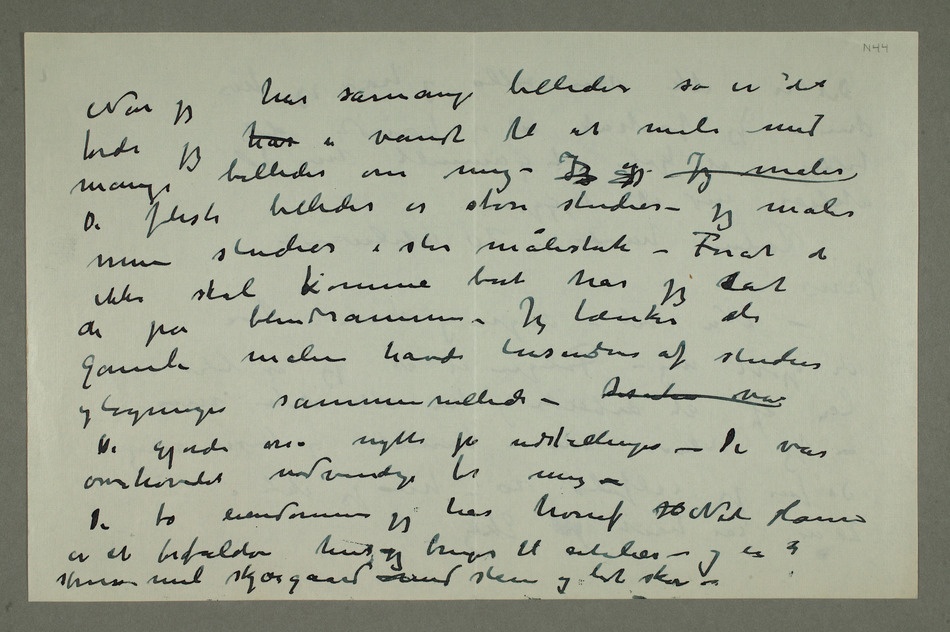
Når jeg har såmange
fordi jeg har er vandt til at male med mange
billeder om mig – Jeg gj Jeg maler
De fleste billeder er store studier – jeg maler
mine studier i stor målestok – Forat de
ikke skal komme bort har jeg stat
de på blindrammer – Jeg tænker de
gamle malere havde tusindvis af studier
De gjorde osså nytte på udstillinger – De var
overhovedet nødvendige for mig –
De to eiendomme jeg har hvoraf H Nedre Ramme